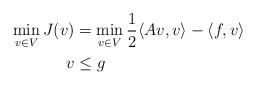
LaTeX: \begin{align*}\min_{v \in V} J(v) &= \min_{v \in V} \frac{1}{2} \langle Av, v \rangle - \langle f, v \rangle \\ v &\le g\end{align*}